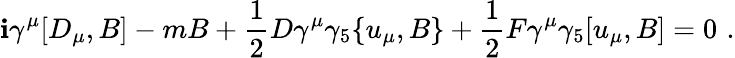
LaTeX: \mathbf{i}\gamma^{\mu}[D_{\mu},B]-mB+\frac{{1}}{{2}}D\gamma^{\mu}\gamma_{5}\{ u_{\mu},B\} +\frac{{1}}{{2}}F\gamma^{\mu}\gamma_{5}[u_{\mu},B]=0\, \, .